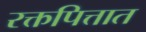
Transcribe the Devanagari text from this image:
रक्तपित्तात